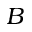
B